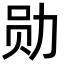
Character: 勋